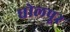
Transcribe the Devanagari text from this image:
घोलपूर